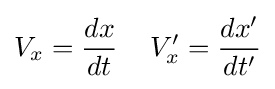
V_{x}={\frac {dx}{dt}}\,\quad V'_{x}={\frac {dx'}{dt'}}